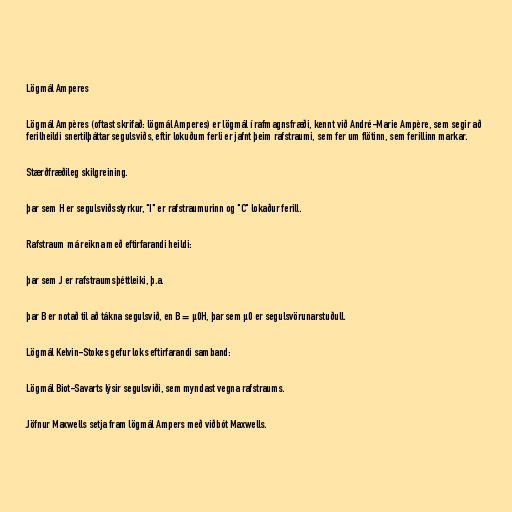
Lögmál Amperes

Lögmál Ampères (oftast skrifað: lögmál Amperes) er lögmál í rafmagnsfræði, kennt við André-Marie Ampère, sem segir að
ferilheildi snertilþáttar segulsviðs, eftir lokuðum ferli er jafnt þeim rafstraumi, sem fer um flötinn, sem ferillinn markar.

Stærðfræðileg skilgreining.

þar sem H er segulsviðsstyrkur, "I" er rafstraumurinn og "C" lokaður ferill.

Rafstraum má reikna með eftirfarandi heildi:

þar sem J er rafstraumsþéttleiki, þ.a.

þar B er notað til að tákna segulsvið, en B = μ0H, þar sem μ0 er segulsvörunarstuðull.

Lögmál Kelvin-Stokes gefur loks eftirfarandi samband:

Lögmál Biot-Savarts lýsir segulsviði, sem myndast vegna rafstraums.

Jöfnur Maxwells setja fram lögmál Ampers með viðbót Maxwells.